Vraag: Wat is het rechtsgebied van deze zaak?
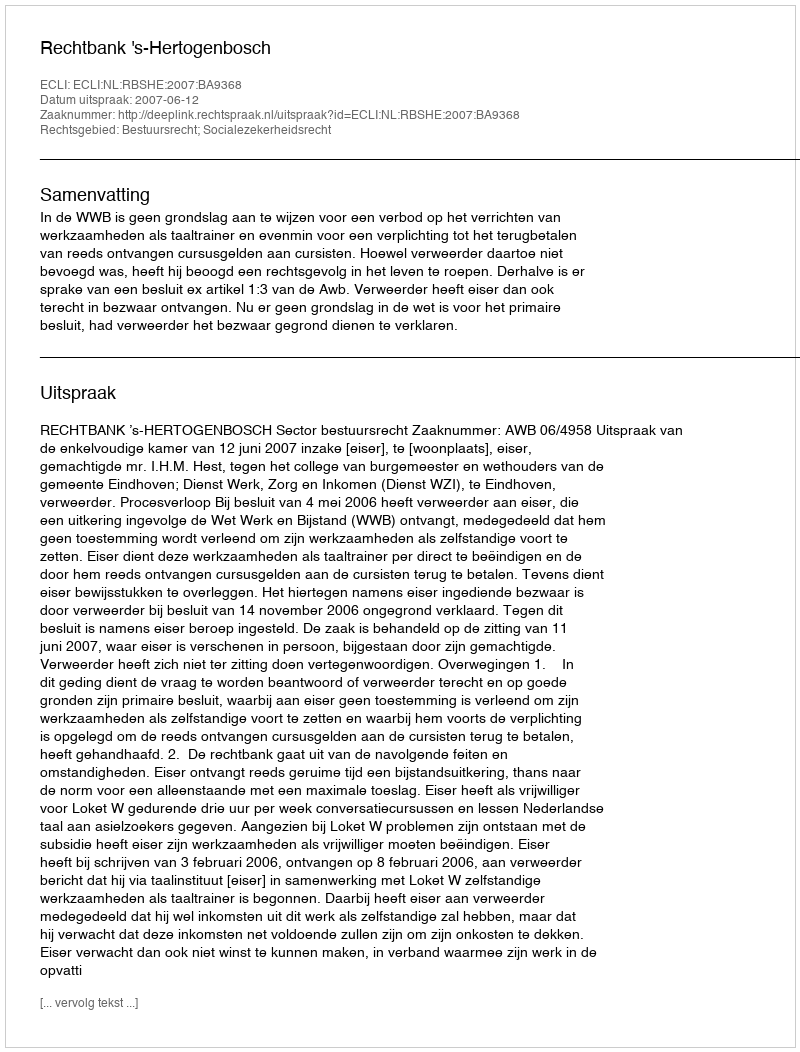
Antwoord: Bestuursrecht; Socialezekerheidsrecht